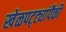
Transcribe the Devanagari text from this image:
खेळपट्ट्यांपैकी